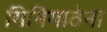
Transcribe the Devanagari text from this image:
गिनिगाठेना